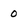
Character: 0